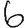
Digit: 6